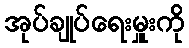
အုပ်ချုပ်ရေးမှူးကို